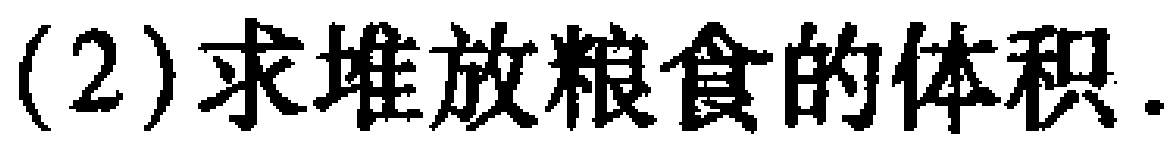
(2)求堆放粮食的体积.